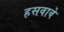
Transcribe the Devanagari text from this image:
हसवावे